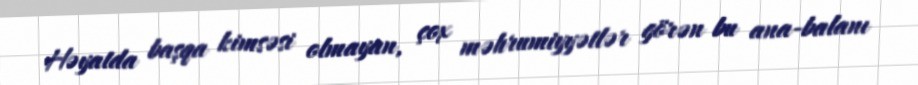
Həyatda başqa kimsəsi olmayan, çox məhrumiyyətlər görən bu ana-balanı